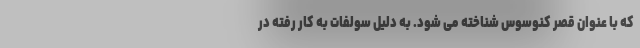
که با عنوان قصر کنوسوس شناخته می شود. به دلیل سولفات به کار رفته در